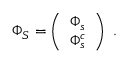
\begin{array} { r } { \Phi _ { S } = \left( \begin{array} { c } { \Phi _ { s } } \\ { \Phi _ { s } ^ { c } } \end{array} \right) \; . } \end{array}